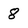
Character: 8